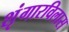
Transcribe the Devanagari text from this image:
शृंगारविलास